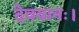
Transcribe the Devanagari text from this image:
देवयानः।